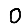
Digit: 0